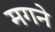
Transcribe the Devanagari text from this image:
मगने